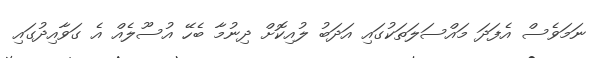
ނަމަވެސް އެފަދަ މައްސަލަތަކުގައި އަދަބު ލުއިކޮށް ދިނުމާ ބެހޭ އުސޫލެއް އެ ގަވާއިދުގައި